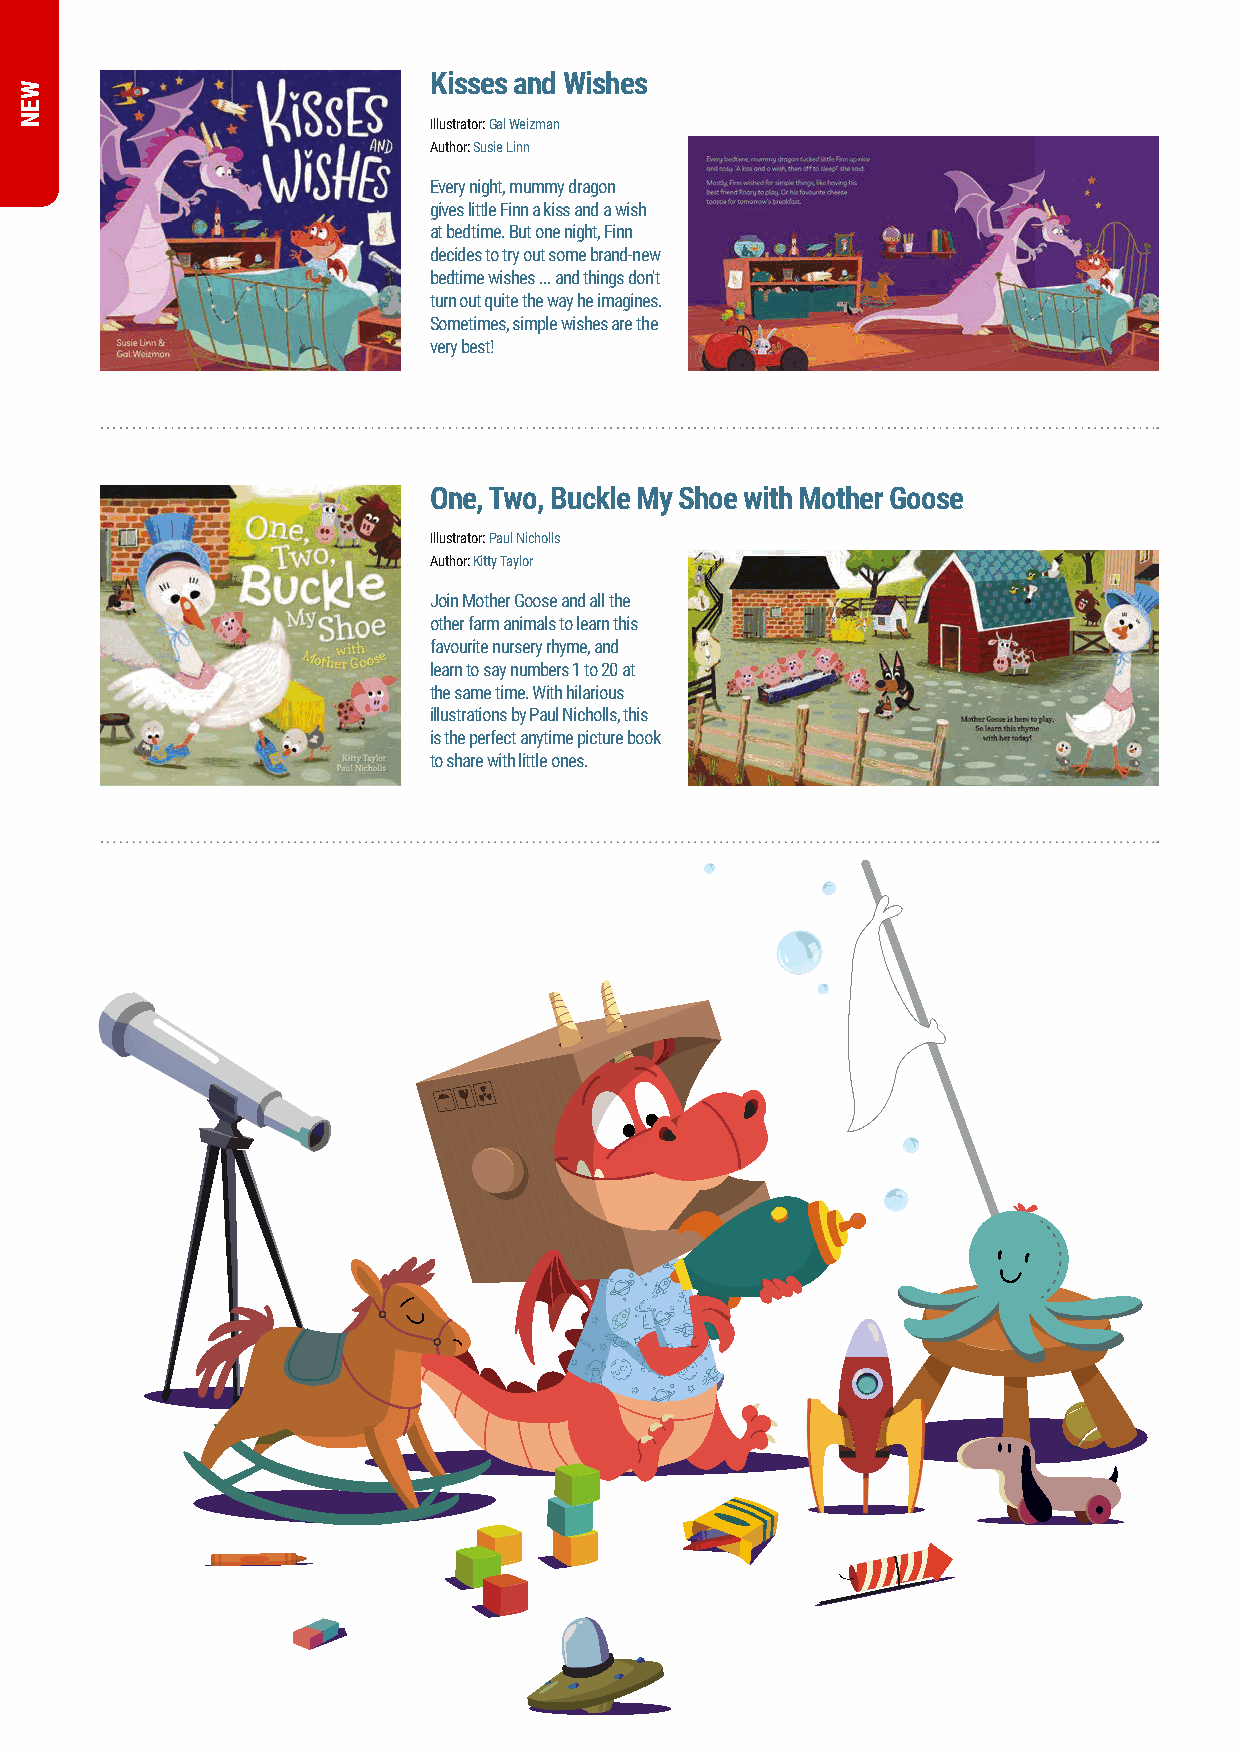
Kisses and Wishes
 Illustrator: Gal Weizman
 Author: Susie Linn
 Every night, mummy dragon
 gives little Finn a kiss and a wish
 at bedtime. But one night, Finn
 decides to try out some brand-new
 bedtime wishes ... and things don't
 turn out quite the way he imagines.
 Sometimes, simple wishes are the
 very best!
 One, Two, Buckle My Shoe with Mother Goose
 Illustrator: Paul Nicholls
 Author: Kitty Taylor
 Join Mother Goose and all the
 other farm animals to learn this
 favourite nursery rhyme, and
 learn to say numbers 1 to 20 at
 the same time. With hilarious
 illustrations by Paul Nicholls, this
 is the perfect anytime picture book
 to share with little ones.
 4
 WEN